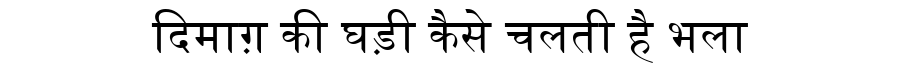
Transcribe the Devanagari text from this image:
दिमाग़ की घड़ी कैसे चलती है भला